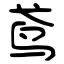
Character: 鸢